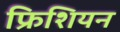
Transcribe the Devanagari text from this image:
फ्रिशियन